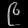
Digit: ၉